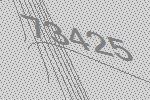
73425